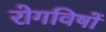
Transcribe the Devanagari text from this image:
रोगविषों